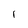
Character: 1